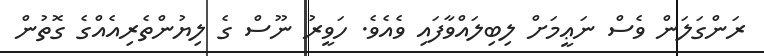
ރަންގަލަން ވެސް ނަޢީމަށް ލިބިލައްވާފައި ވެއެވެ. ހަވީރު ނޫސް ގެ ލިޔުންތެރިއެއްގެ ގޮތުން